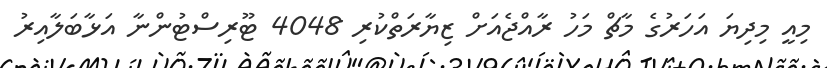
މިއީ މިދިޔަ އަހަރުގެ މާޗް މަހު ރާއްޖެއަށް ޒިޔާރަތްކުރި 4048 ޓޫރިސްޓުންނާ އަޅާބަލާއިރު